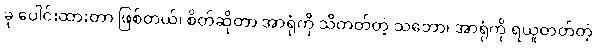
ခု ပေါင်းထားတာ ဖြစ်တယ်၊ စိတ်ဆိုတာ အာရုံကို သိတတ်တဲ့ သဘော၊ အာရုံကို ရယူတတ်တဲ့